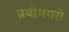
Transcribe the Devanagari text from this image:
प्रयोगगरी